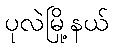
ပုလဲမြို့နယ်